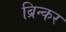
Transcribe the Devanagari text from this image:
ब्रिन्कर